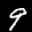
Label: 9